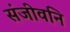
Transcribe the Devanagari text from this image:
संजीवनि